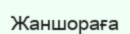
Жаншораға